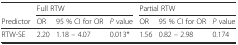
<table><thead><tr><td></td><td colspan="3"><b>Full RTW</b></td><td colspan="3"><b>Partial RTW</b></td></tr><tr><td><b>Predictor</b></td><td><b>OR</b></td><td><b>95 % CI for OR</b></td><td><b><i>P</i> value</b></td><td><b>OR</b></td><td><b>95 % CI for OR</b></td><td><b><i>P</i> value</b></td></tr></thead><tbody><tr><td>RTW-SE</td><td>2.20</td><td>1.18 – 4.07</td><td>0.013*</td><td>1.56</td><td>0.82 – 2.98</td><td>0.174</td></tr></tbody></table>